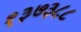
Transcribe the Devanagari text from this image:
१३७३८८